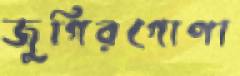
জুগিরগোপা